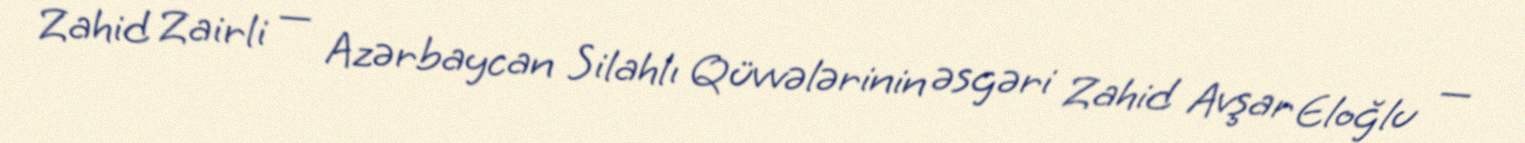
Zahid Zairli — Azərbaycan Silahlı Qüvvələrinin əsgəri Zahid Avşar Eloğlu —